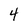
Character: 4